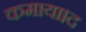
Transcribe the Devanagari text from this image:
कमाया।द